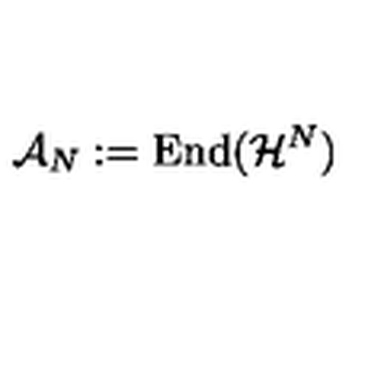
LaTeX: \mathcal { A } _ { N } : = \mathrm { E n d } ( \mathcal { H } ^ { N } )